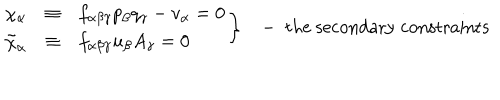
\left. \begin{array} { c c l } { { \chi _ { \alpha } } } & { { \equiv } } & { { f _ { \alpha \beta \gamma } p _ { \beta } q _ { \gamma } - v _ { \alpha } = 0 } } \\ { { \tilde { \chi } _ { \alpha } } } & { { \equiv } } & { { f _ { \alpha \beta \gamma } u _ { \beta } A _ { \gamma } = 0 } } \\ \end{array} \right\} - \; \mathrm { t h e ~ s e c o n d a r y ~ c o n s t r a i n t s }